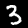
Digit: 3